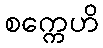
စက္ကေဟိ